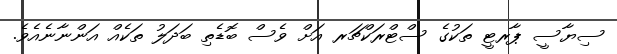
ސިޔާސީ ޕާރޓީ ތަކުގެ ސްޓްރަކްޗަރ އަށް ވެސް ބޮޑެތި ބަދަލު ތަކެއް އަންނާނެއެވެ.